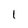
Character: 1